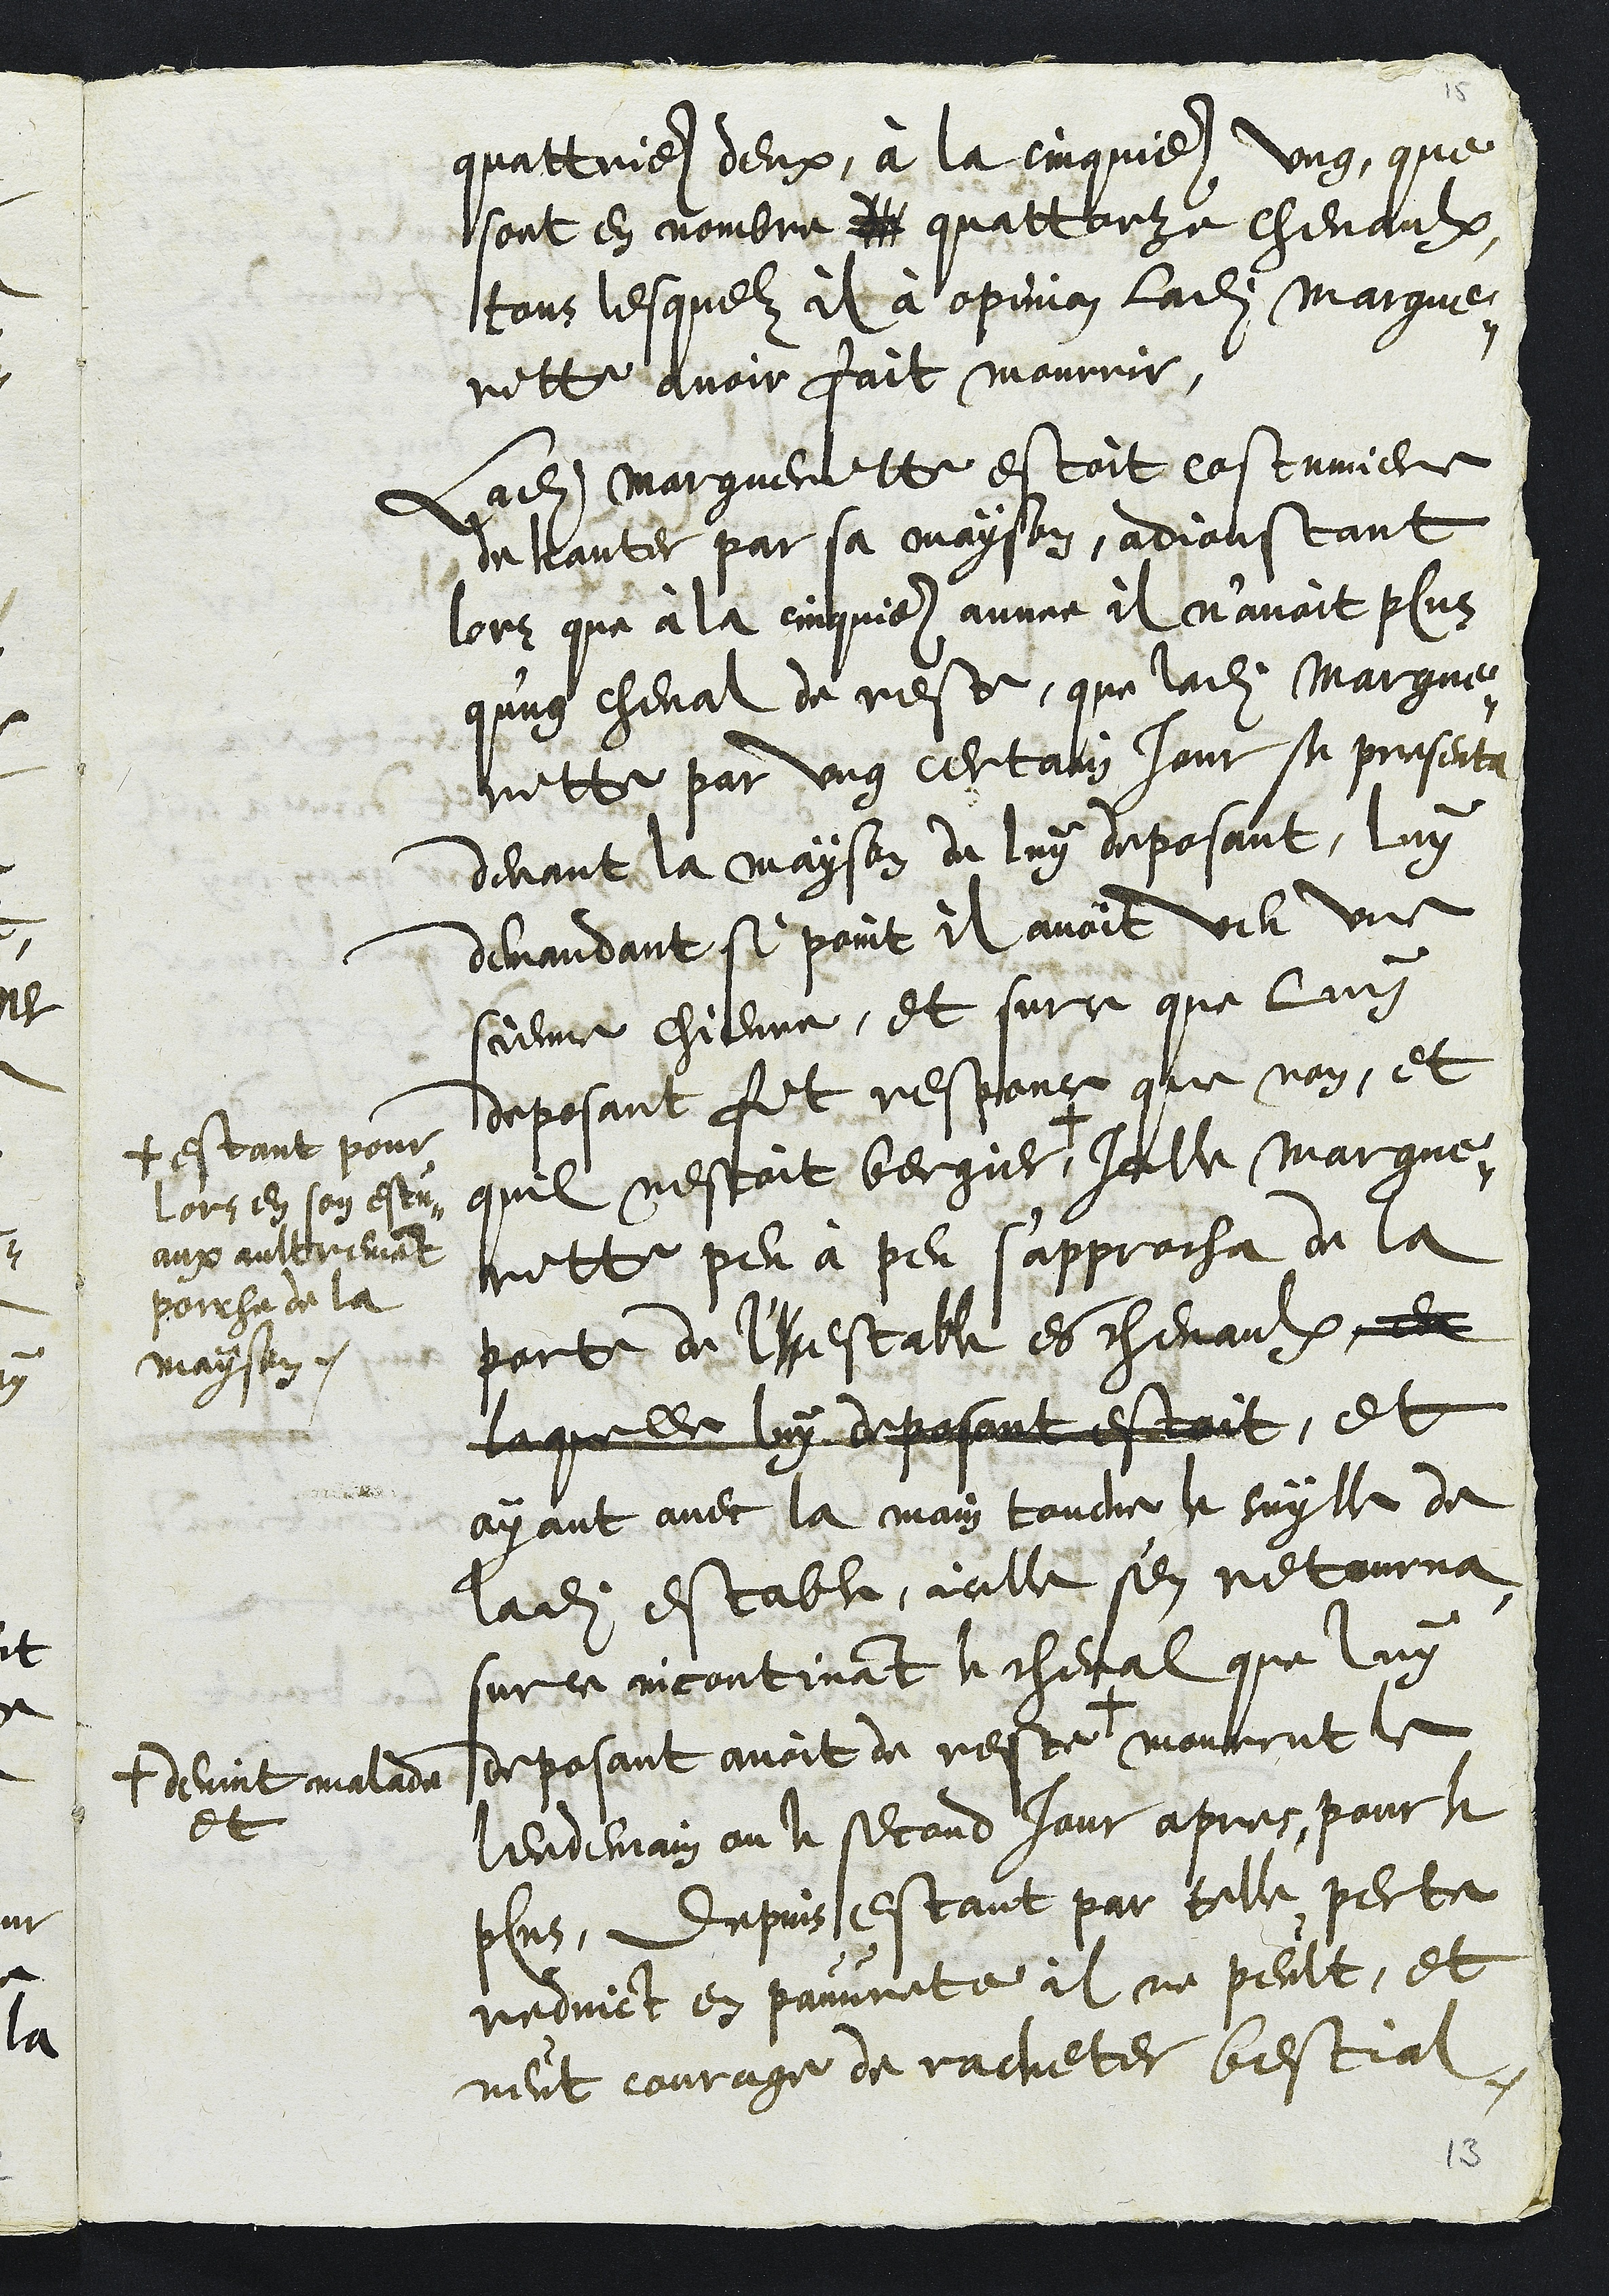
quattrieme deux, à la cinquieme ung, que
sont en nombre de quattorze chevaulx
tous lesquelz il à opinion ladite Margue-
ritte avoir fait mourrir.
Ladite Margueritte estoit costumiere
de hanter par sa mayson, adjoustant
lors que à la cinquieme annee il n'avoit plus
q'ung cheval de reste, que ladite Margue-
ritte par ung certain jour se presenta
devant la mayson de luy deposant, luy
demandant si point il avoit veu une
sienne chievre, et surce que luy
deposant fit responce que non, et
quil nestoit bergier  + 
+ estant pour
lors en son estu-
aux aultrement
porche de la
mayson.
Icelle Margue-
ritte peu à peu sapprocha de la
porte du l'hestable es chevaulx en
laquelle luy deposant estoit, et
ayant avec la main touche le suylle de
ladite estable, icelle s'en retourna,
sur ce incontinant le cheval que luy
deposant avoit de reste + 
+ devint malade
et
mourrut le
lendemain ou le second jour apres, pour le
plus, depuis estant par telle perte
reduict en pauvrete il ne peult, et
neut courage de racheter bestial,